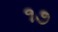
૧૭